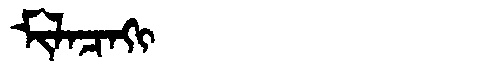
Manchu: ᠮᡳᠯᠠᠴᠠᡴᡳ
Romanization: MILACAKI